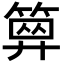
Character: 𥱅